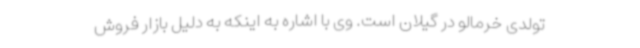
تولدی خرمالو در گیلان است. وی با اشاره به اینکه به دلیل بازار فروش